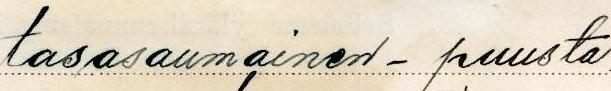
tasasaumainen - puusta